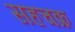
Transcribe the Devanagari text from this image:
सहचक्र